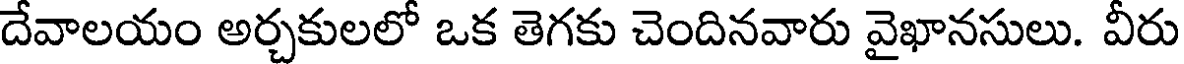
దేవాలయం అర్చకులలో ఒక తెగకు చెందినవారు వైఖానసులు. వీరు